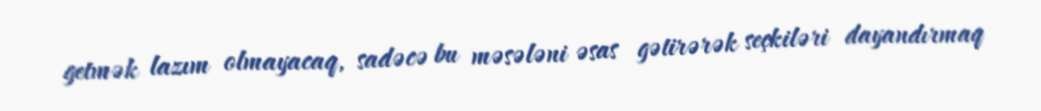
getmək lazım olmayacaq, sadəcə bu məsələni əsas gətirərək seçkiləri dayandırmaq